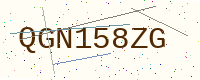
Text: QGN158ZG